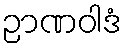
ဉာဏဝါဒံ